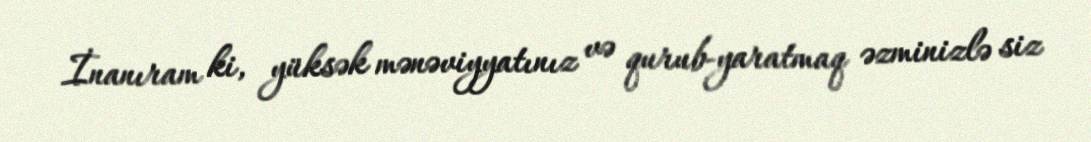
İnanıram ki, yüksək mənəviyyatınız və qurub-yaratmaq əzminizlə siz